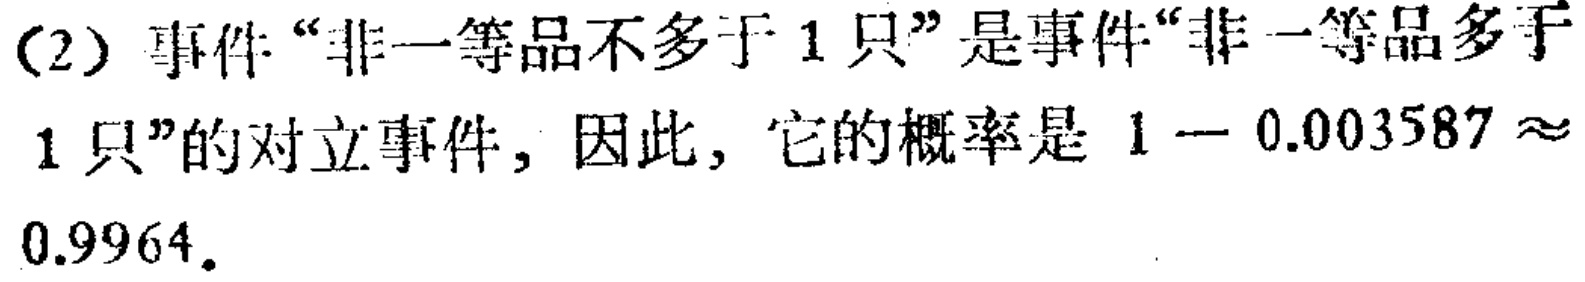
(2) 事件“非一等品不多于 1 只”是事件“非一等品多于1 只”的对立事件，因此，它的概率是 \(1 - 0.003587 \approx 0.9964\)。